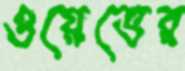
ওয়েভের